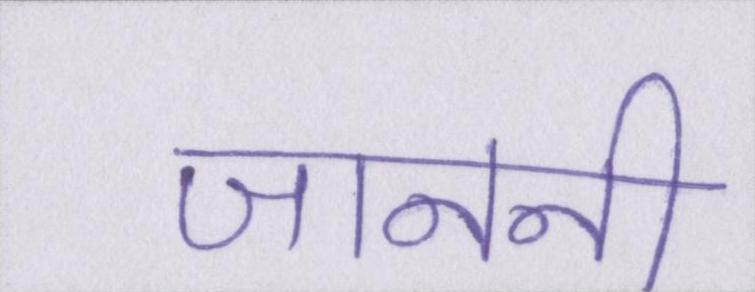
जाननी